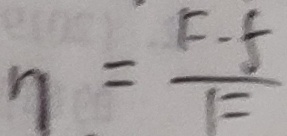
\eta = \frac { F - f } { F }